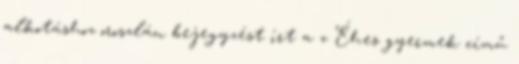
alkotáshoz oroszlán bejegyzést írt a z Éhes gyermek című